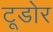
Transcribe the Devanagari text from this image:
टूडोर